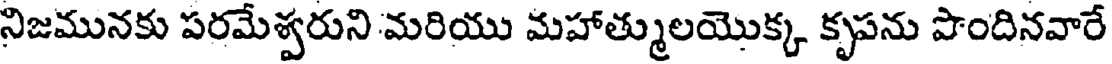
నిజమునకు పరమేశ్వరుని మరియు మహాత్ములయొక్క కృపను పొందినవారే